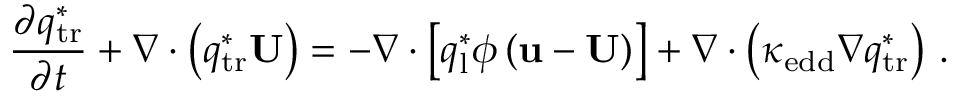
\frac { \partial q _ { \mathrm { t r } } ^ { * } } { \partial t } + \nabla \cdot \left( q _ { \mathrm { t r } } ^ { * } \mathbf { U } \right) = - \nabla \cdot \left[ q _ { \mathrm { l } } ^ { * } \phi \left( \mathbf { u } - \mathbf { U } \right) \right] + \nabla \cdot \left( \kappa _ { \mathrm { e d d } } \nabla q _ { \mathrm { t r } } ^ { * } \right) \, .